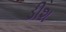
ડીશ